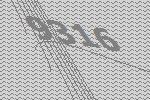
9316